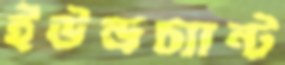
ইউন্ডচ্যান্ট